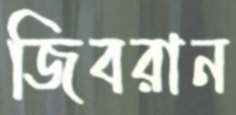
জিবরান